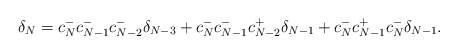
\begin{align*} \delta_N = c_N^-c_{N-1}^-c_{N-2}^-\delta_{N-3} + c_N^-c_{N-1}^-c_{N-2}^+\delta_{N-1} + c_N^-c_{N-1}^+c_N^-\delta_{N-1}. \end{align*}